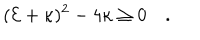
( { \cal E } + \kappa ) ^ { 2 } - 4 \kappa \geq 0 \quad .